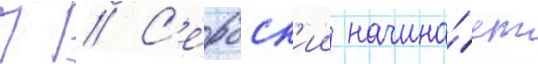
П // С'ербск'ии начина́ет